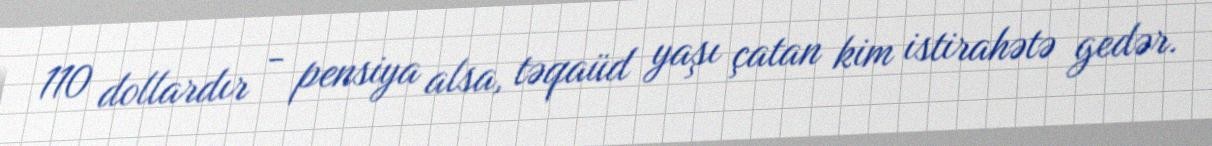
110 dollardır - pensiya alsa, təqaüd yaşı çatan kim istirahətə gedər.